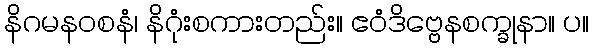
နိဂမနဝစနံ၊ နိဂုံးစကားတည်း။ ဧဝံဒိဗ္ဗေနစက္ခုနာ။ ပ။